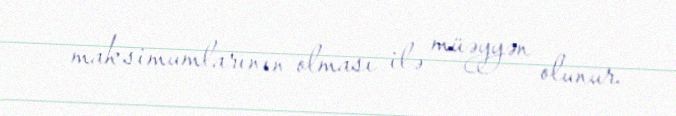
maksimumlarının olması ilə müəyyən olunur.